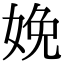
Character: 娩